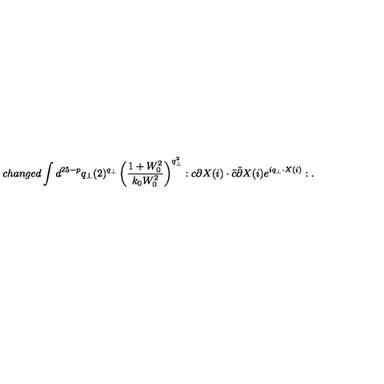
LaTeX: c h a n g e d \int d ^ { 2 5 - p } q _ { \bot } ( 2 ) ^ { q _ { \bot } } \left( \frac { 1 + W _ { 0 } ^ { 2 } } { k _ { 0 } W _ { 0 } ^ { 2 } } \right) ^ { q _ { \bot } ^ { 2 } } : c \partial X ( i ) \cdot \tilde { c } \bar { \partial } X ( i ) e ^ { i q _ { \bot } \cdot X ( i ) } : .